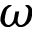
\omega